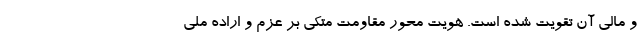
و مالی آن تقویت شده است. هویت محور مقاومت متکی بر عزم و اراده ملی